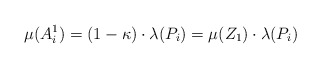
\begin{align*} \mu(A_i^1) = (1 - \kappa) \cdot \lambda(P_i) = \mu(Z_1) \cdot \lambda(P_i)\end{align*}